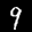
Label: 9